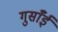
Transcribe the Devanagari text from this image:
गुसाँई